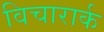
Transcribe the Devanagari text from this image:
विचारार्क